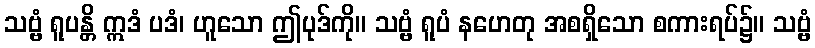
သဗ္ဗံ ရူပန္တိ ဣဒံ ပဒံ၊ ဟူသော ဤပုဒ်ကို။ သဗ္ဗံ ရူပံ နဟေတု အစရှိသော စကားရပ်၌။ သဗ္ဗံ